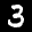
Label: 3